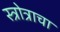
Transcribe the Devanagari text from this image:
स्त्रोत्राचा